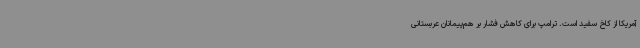
آمریکا از کاخ سفید است. ترامپ برای کاهش فشار بر هم‌پیمانان عربستانی